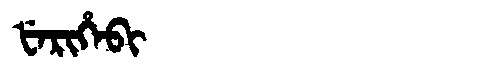
Manchu: ᡶᡝᡵᡳᡥᡝᠪᡳ
Romanization: FERIHEBI